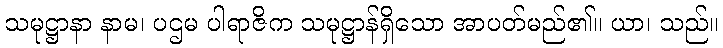
သမုဋ္ဌာနာ နာမ၊ ပဌမ ပါရာဇိက သမုဋ္ဌာန်ရှိသော အာပတ်မည်၏။ ယာ၊ သည်။